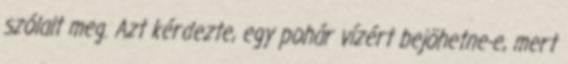
szólalt meg. Azt kérdezte, egy pohár vízért bejöhetne-e, mert